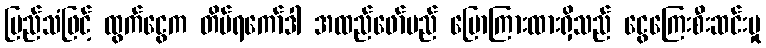
မြည်သံဖြင့် ထွက်ငွေက တိပ်ရကော်ဒါ အထည်ဖော်မည် ပြောကြားထားရှိသည် ငွေကြေးစီးဆင်းမှု